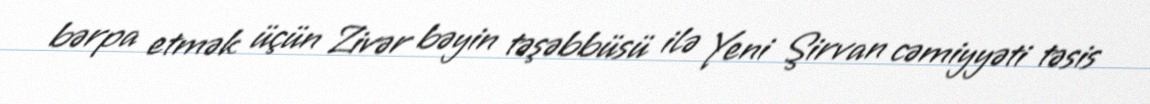
bərpa etmək üçün Zivər bəyin təşəbbüsü ilə Yeni Şirvan cəmiyyəti təsis